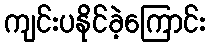
ကျင်းပနိုင်ခဲ့ကြောင်း